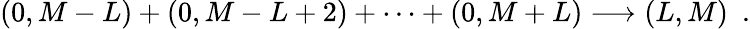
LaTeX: (0,M-L)+(0,M-L+2)+\cdots+(0,M+L)\longrightarrow(L,M)\ \ .